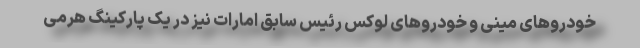
خودروهای مینی و خودروهای لوکس رئیس سابق امارات نیز در یک پارکینگ هرمی